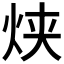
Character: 𰞋